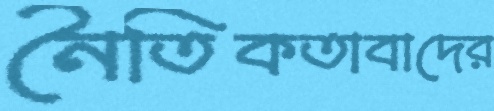
নৈতিকতাবাদের